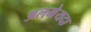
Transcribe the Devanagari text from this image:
अलमेयदा